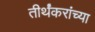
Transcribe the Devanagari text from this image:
तीर्थंकरांच्या